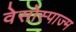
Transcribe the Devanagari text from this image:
वेसोस्पाज्म